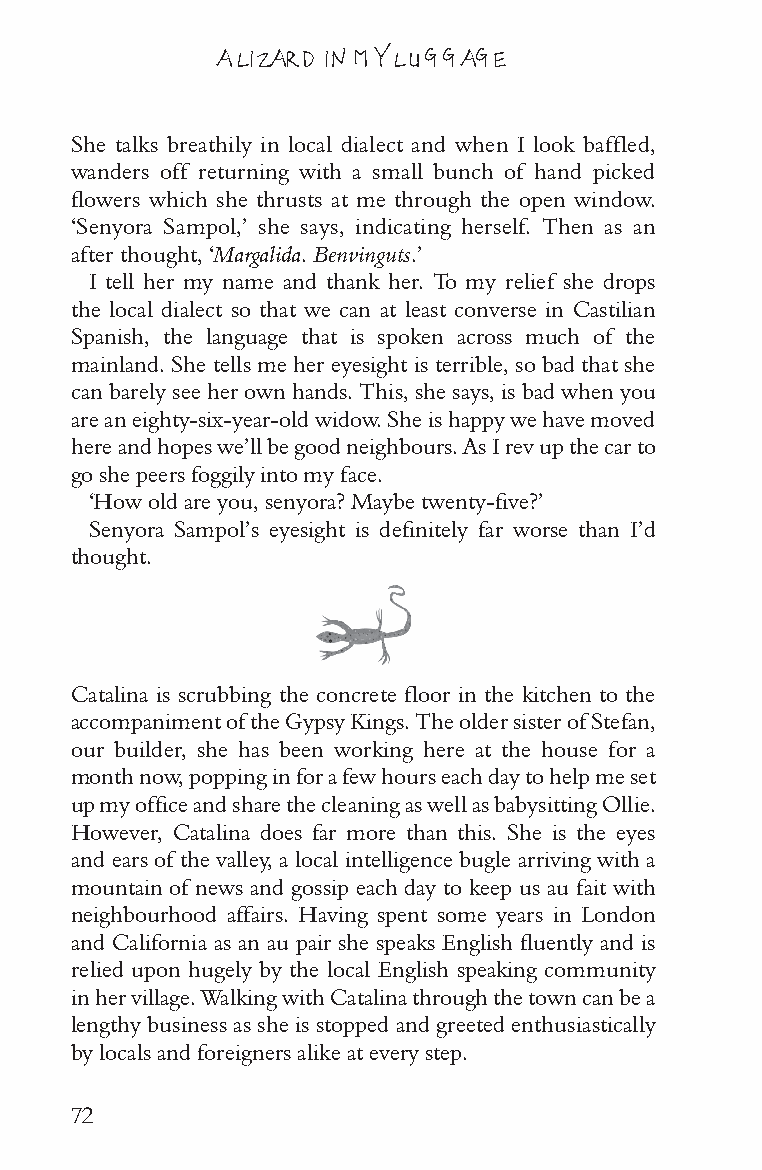
A LIZARD IN MY LUGGAGE
 She talks breathily in local dialect and when I look baffled,
 wanders off returning with a small bunch of hand picked
 flowers which she thrusts at me through the open window.
 ‘Senyora Sampol,’ she says, indicating herself. Then as an
 after thought, ‘Margalida. Benvinguts.’
 I tell her my name and thank her. To my relief she drops
 the local dialect so that we can at least converse in Castilian
 Spanish, the language that is spoken across much of the
 mainland. She tells me her eyesight is terrible, so bad that she
 can barely see her own hands. This, she says, is bad when you
 are an eighty-six-year-old widow. She is happy we have moved
 here and hopes we’ll be good neighbours. As I rev up the car to
 go she peers foggily into my face.
 ‘How old are you, senyora? Maybe twenty-five?’
 Senyora Sampol’s eyesight is definitely far worse than I’d
 thought.
 Catalina is scrubbing the concrete floor in the kitchen to the
 accompaniment of the Gypsy Kings. The older sister of Stefan,
 our builder, she has been working here at the house for a
 month now, popping in for a few hours each day to help me set
 up my office and share the cleaning as well as babysitting Ollie.
 However, Catalina does far more than this. She is the eyes
 and ears of the valley, a local intelligence bugle arriving with a
 mountain of news and gossip each day to keep us au fait with
 neighbourhood affairs. Having spent some years in London
 and California as an au pair she speaks English fluently and is
 relied upon hugely by the local English speaking community
 in her village. Walking with Catalina through the town can be a
 lengthy business as she is stopped and greeted enthusiastically
 by locals and foreigners alike at every step.
 72